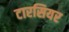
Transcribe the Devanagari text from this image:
टारसियर